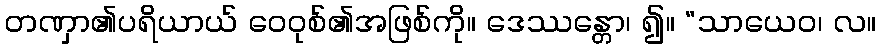
တဏှာ၏ပရိယာယ် ဝေဝုစ်၏အဖြစ်ကို။ ဒေဿန္တော၊ ၍။ “သာယေဝ၊ လ။